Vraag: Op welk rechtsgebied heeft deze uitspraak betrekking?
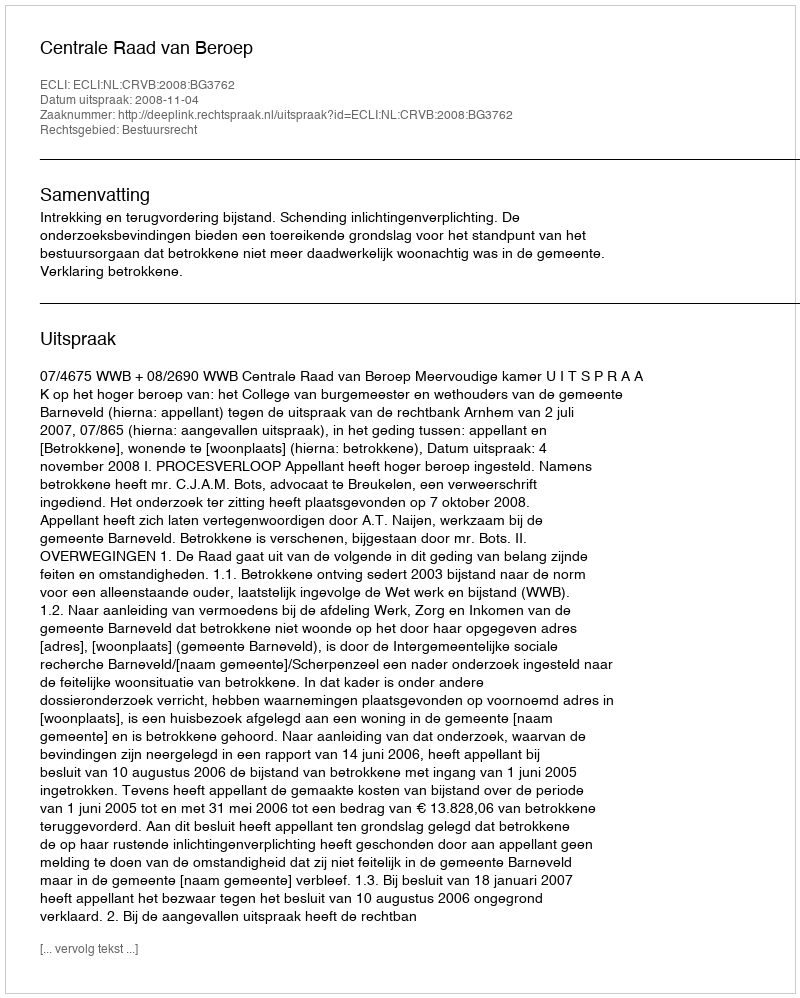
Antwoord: Bestuursrecht